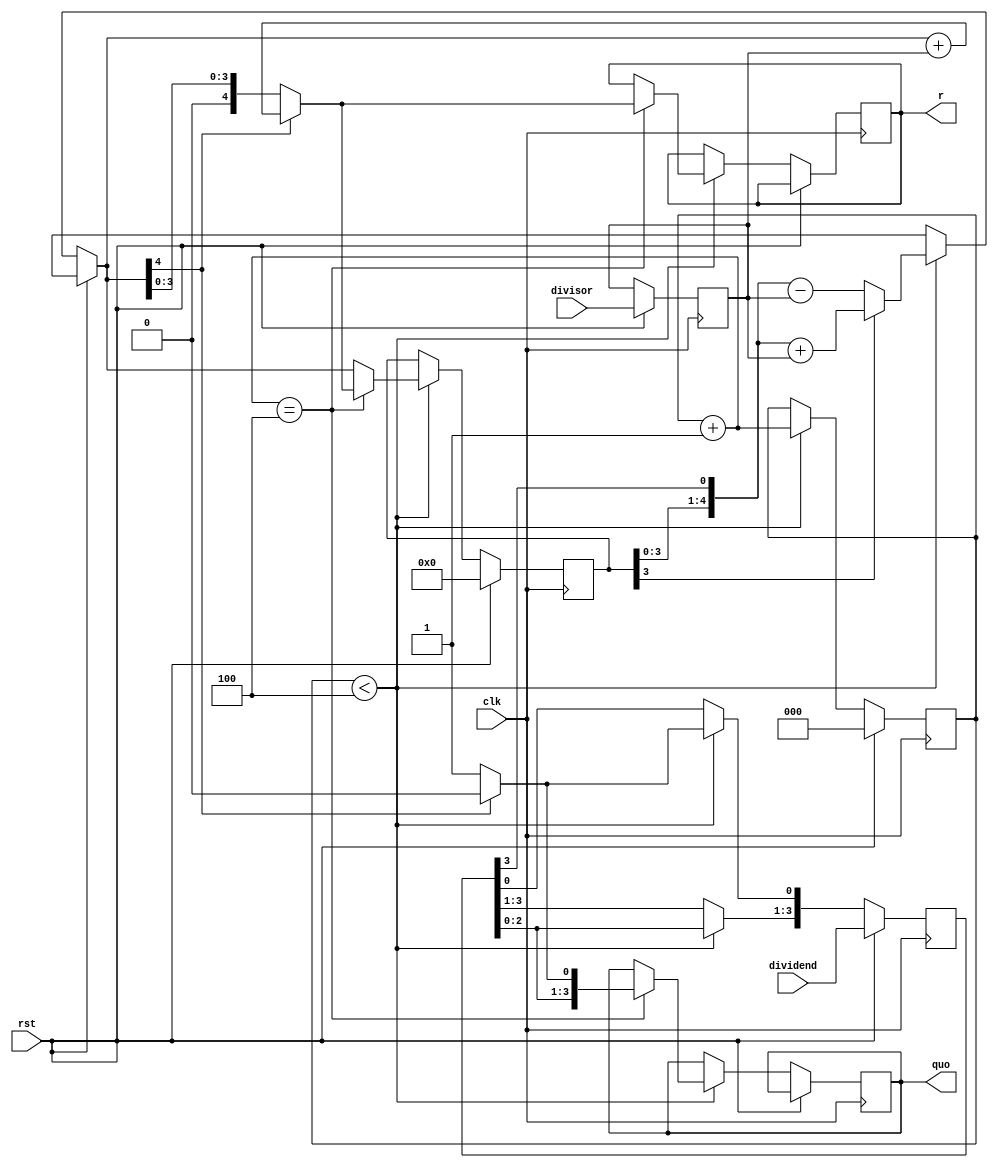
module nrdiv(clk,rst,divisor,dividend,quo,r);
input [4:0]divisor;
input [3:0] dividend;
input rst,clk;
output reg [4:0] r;
output reg [3:0] quo;
reg [3:0]q;
reg [4:0] acc,m;
reg[2:0] count;
always @(posedge clk)
if (rst) begin
count<=0;
q<=dividend;
acc<=0;
m<=divisor;
end
 else if(count<3'b100)
 begin
 {acc,q}={acc,q}<<1;
if (acc[4]==1'b1)
acc=acc+m;
else acc=acc-m;
if(acc[4]==1'b1)
q[0]=1'b0;
else
q[0]=1'b1;
count=count+1;
if(count==3'b100)
begin
if(acc[4]==1'b1)
acc=acc+m;
r=acc;
quo=q;
end
end
endmodule